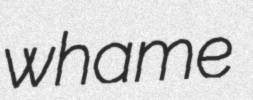
whame